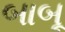
બાબૂ